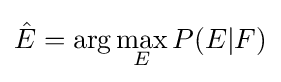
{\hat {E}}=\arg \max _{E}P(E|F)